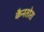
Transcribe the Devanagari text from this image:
कैनतोरा